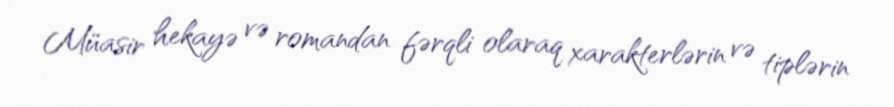
Müasir hekayə və romandan fərqli olaraq xarakterlərin və tiplərin